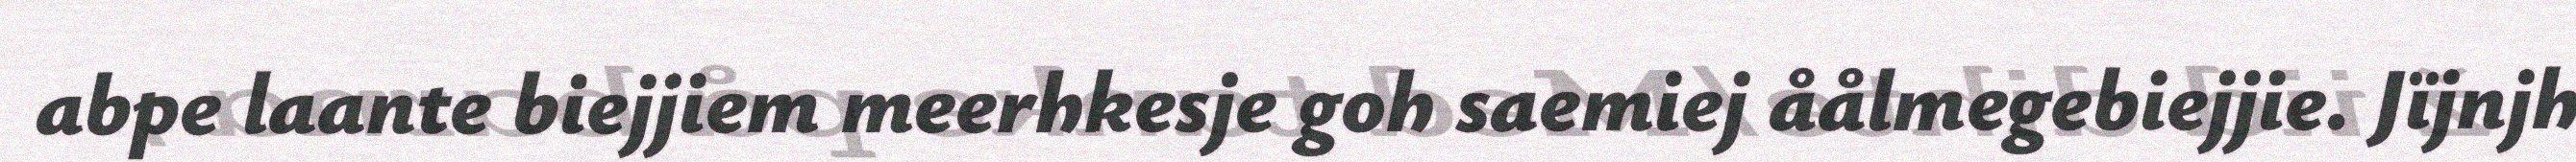
abpe laante biejjiem meerhkesje goh saemiej åålmegebiejjie. Jïjnjh